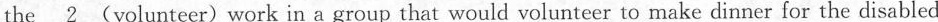
the \underline{2 } (volunteer)work in a group that would volunteer to make dinner for the disabled